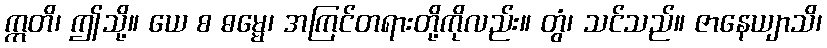
ဣတိ၊ ဤသို့။ ယေ စ ဓမ္မေ၊ အကြင်တရားတို့ကိုလည်း။ တွံ၊ သင်သည်။ ဇာနေယျာသိ၊